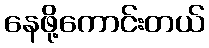
နေဖို့ကောင်းတယ်